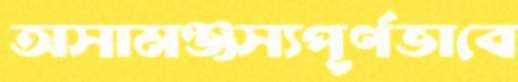
অসামঞ্জস্যপূর্ণভাবে